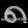
Digit: ၅